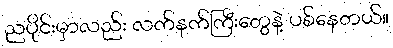
ညပိုင်းမှာလည်း လက်နက်ကြီးတွေနဲ့ ပစ်နေတယ်။